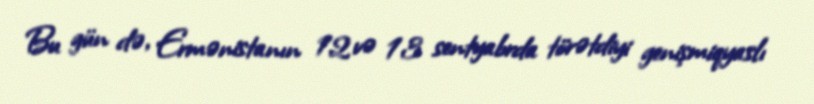
Bu gün də, Ermənistanın 12 və 13 sentyabrda törətdiyi genişmiqyaslı